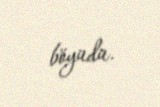
böyüdü.